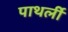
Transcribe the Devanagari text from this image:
पाथर्ली